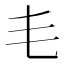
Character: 𣬛